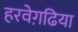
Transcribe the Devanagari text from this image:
हरवेगढि़या